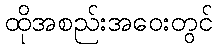
ထိုအစည်းအဝေးတွင်